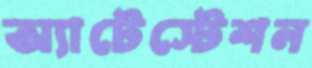
অ্যাটেস্টেশন